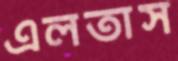
এলতাস